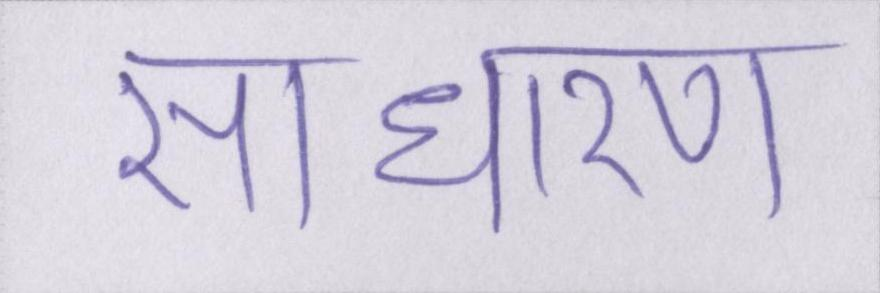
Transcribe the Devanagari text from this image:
साधारण